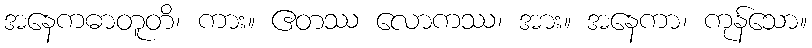
အနေကဓာတူတိ၊ ကား။ ဧတဿ လောကဿ၊ အား။ အနေကာ၊ ကုန်သော။